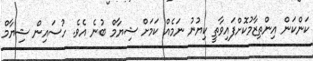
ކަންކަން އިންތިޒާމުކޮށްފައިވާތީ ކިޔުނު ނަމެއް ކަމަށް ޝިޔާމް ބުނެ އެވެ. ހުސައިން ޝިޔާމް